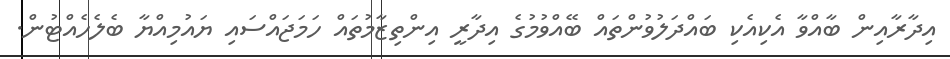
އިދާރާއިން ބާއްވާ އެކިއެކި ބައްދަލުވުންތައް ބޭއްވުމުގެ އިދާރީ އިންތިޒާމުތައް ހަމަޖައްސައި ޔައުމިއްޔާ ބެލެހެއްޓުން.